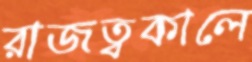
রাজত্বকালে